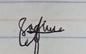
Signature authenticity: genuine